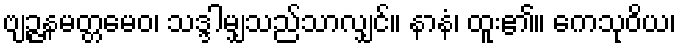
ဗျဉ္ဇနမတ္တမေဝ၊ သဒ္ဒါမျှသည်သာလျှင်။ နာနံ၊ ထူး၏။ ကေသုဝိယ၊